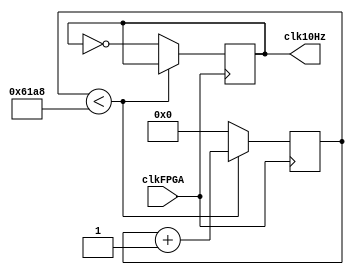
`timescale 1ns / 1ps
//////////////////////////////////////////////////////////////////////////////////
// Company: 
// Engineer: 
// 
// Design Name: 
// Module Name:    div_freq_10Hz 
// Project Name: 
// Target Devices: 
// Tool versions: 
// Description: 
//
// Dependencies: 
//
// Revision: 
// Revision 0.01 - File Created
// Additional Comments: 
//
//////////////////////////////////////////////////////////////////////////////////
module div_freq_10Hz( 
    input clkFPGA,
    output reg clk10Hz
    );
	 
reg [21:0] cont10;
initial clk10Hz=0;	
always @(posedge clkFPGA)	
	begin
		   
		if(cont10 < 'd25000)
			cont10=cont10+1;
		else
			begin
				clk10Hz=~clk10Hz;
				cont10=0;
			end
	end
		

endmodule